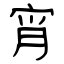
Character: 宵